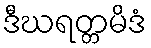
ဒီဃရတ္တမိဒံ